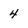
Character: 4